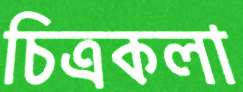
চিত্রকলা